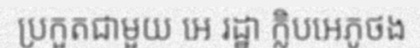
ប្រកួតជាមួយ អេ រដ្ឋា ក្លិបអេភូថង